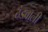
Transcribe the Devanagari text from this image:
ठंडवाली